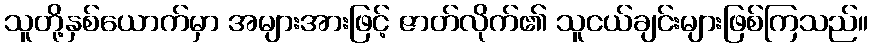
သူတို့နှစ်ယောက်မှာ အများအားဖြင့် ဇာတ်လိုက်၏ သူငယ်ချင်းများဖြစ်ကြသည်။